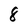
Character: 8